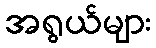
အရွယ်များ